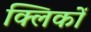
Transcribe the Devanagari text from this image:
क्लिकों